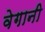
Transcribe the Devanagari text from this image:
वेगानी